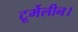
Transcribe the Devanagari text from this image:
टूर्मेलीन।